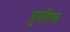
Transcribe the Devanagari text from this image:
चुरशिचा